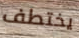
يختطف